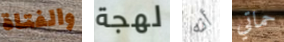
والفتاة لهجة أنه حماتي